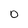
Character: 0